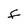
Character: F